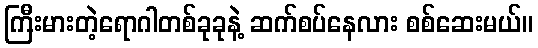
ကြီးမားတဲ့ရောဂါတစ်ခုခုနဲ့ ဆက်စပ်နေလား စစ်ဆေးမယ်။